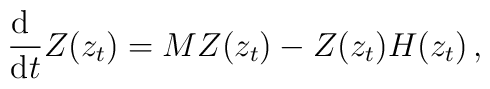
\displaystyle{\frac{{\rm d}~}{{\rm d}t}Z(z_{t})=MZ(z_{t})-Z(z_{t})H(z_{t}) }\,,